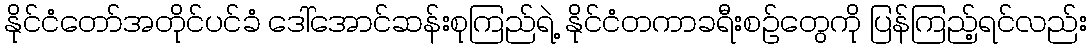
နိုင်ငံတော်အတိုင်ပင်ခံ ဒေါ်အောင်ဆန်းစုကြည်ရဲ့ နိုင်ငံတကာခရီးစဉ်တွေကို ပြန်ကြည့်ရင်လည်း